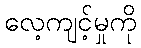
လေ့ကျင့်မှုကို